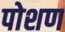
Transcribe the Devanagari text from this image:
पोशण